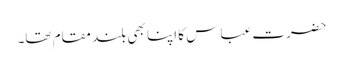
حضرت عباس کا اپنا بھی بلند مقام تھا۔